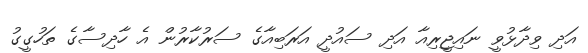
އަދި ވިދާޅުވީ ނައިޖީރިއާ އަދި ސައުދީ އަރަބިއާގެ ސަރުކާރުން އެ ހާދިސާގެ ތަހުގީގު